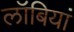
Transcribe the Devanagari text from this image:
लॉबियां